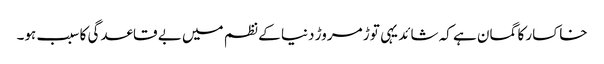
خاکسار کا گمان ہے کہ شائد یہی توڑ مروڑ دنیا کے نظم میں بے قاعدگی کا سبب ہو۔